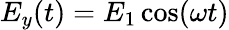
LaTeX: E_{y}(t)={E_{1}}\cos(\omega t)